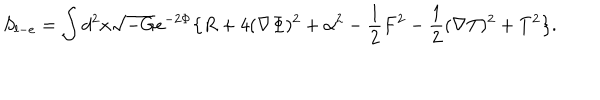
LaTeX: S _ { l - e } = \int d ^ { 2 } x \sqrt { - G } e ^ { - 2 \Phi } \big \{ R + 4 ( \nabla \Phi ) ^ { 2 } + \alpha ^ { 2 } - { \frac { 1 } { 2 } } F ^ { 2 } - { \frac { 1 } { 2 } } ( \nabla T ) ^ { 2 } + T ^ { 2 } \big \} .